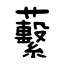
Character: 蘻